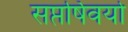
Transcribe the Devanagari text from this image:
सप्तर्षिवर्या